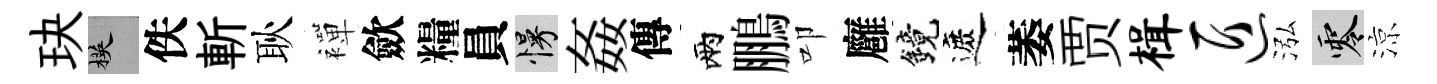
玦楧佚斬耿襌歛糧員慢姦傳兩鵬叩廱鏡遮萎贾楫匠泓零涼